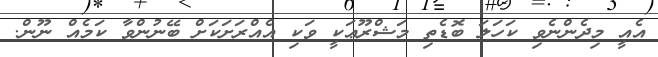
އެއީ މިދެންނެވި ކަހަލަ ބޮޑެތި މަޝްރޫޢަކީ ވަކި އެއްރަށަކަށް ބޭނުންވާ ކަމެއް ނޫން.